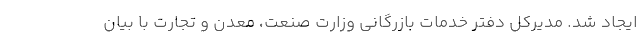
ایجاد شد. مدیرکل دفتر خدمات بازرگانی وزارت صنعت، معدن و تجارت با بیان